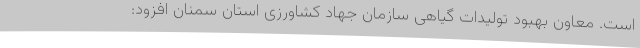
است. معاون بهبود تولیدات گیاهی سازمان جهاد کشاورزی استان سمنان افزود: